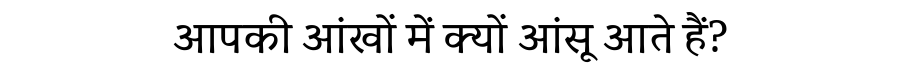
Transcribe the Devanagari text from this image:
आपकी आंखों में क्यों आंसू आते हैं?